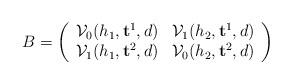
LaTeX: \begin{align*} B=\left (\begin{array}{cc} \mathcal V_0(h_1, \mathbf t^1, d)&\mathcal V_{1}(h_2, \mathbf t^1, d) \\\mathcal V_{1}(h_1, \mathbf t^2, d) & \mathcal V_{0}(h_2, \mathbf t^2, d) \end{array}\right)\end{align*}